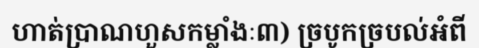
ហាត់ប្រាណហួសកម្លាំងៈ៣) ច្របូកច្របល់អំពី